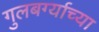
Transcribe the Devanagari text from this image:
गुलबर्ग्याच्या